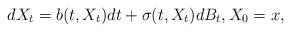
LaTeX: \begin{align*}dX_t = b(t,X_t) dt+\sigma(t,X_t)dB_t,X_0=x,\end{align*}